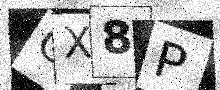
Text: CX8P